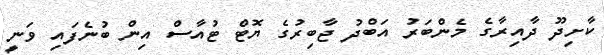
ކާށިދޫ ދާއިރާގެ މެންބަރު އަބްދު ޖާބިރުގެ ޔޮޓް ޓުއާސް އިން ބުނެފައި ވަނީ